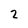
Character: 2